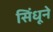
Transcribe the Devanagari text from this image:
सिंधूने